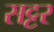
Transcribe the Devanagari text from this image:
सट्टर